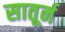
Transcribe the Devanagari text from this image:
सातूर्न